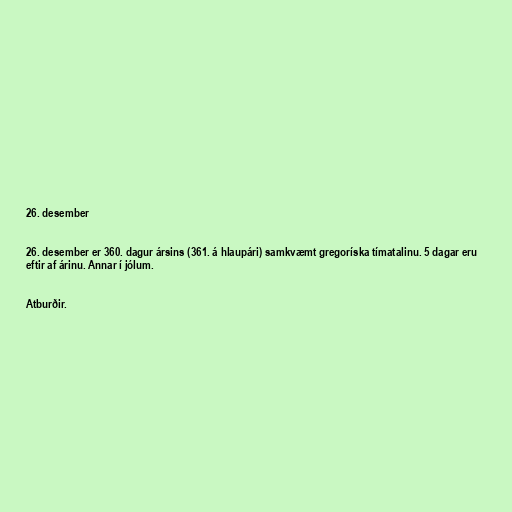
26. desember

26. desember er 360. dagur ársins (361. á hlaupári) samkvæmt gregoríska tímatalinu. 5 dagar eru
eftir af árinu. Annar í jólum.

Atburðir.